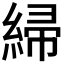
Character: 𫃲